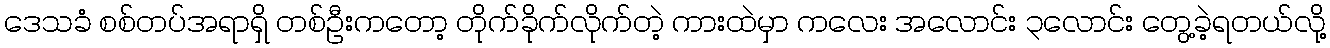
ဒေသခံ စစ်တပ်အရာရှိ တစ်ဦးကတော့ တိုက်ခိုက်လိုက်တဲ့ ကားထဲမှာ ကလေး အလောင်း ၃လောင်း တွေ့ခဲ့ရတယ်လို့